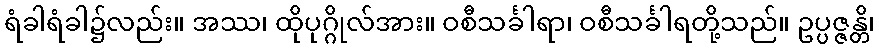
ရံခါရံခါ၌လည်း။ အဿ၊ ထိုပုဂ္ဂိုလ်အား။ ဝစီသင်္ခါရာ၊ ဝစီသင်္ခါရတို့သည်။ ဥပ္ပဇ္ဇန္တိ၊